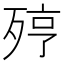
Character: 𣨉